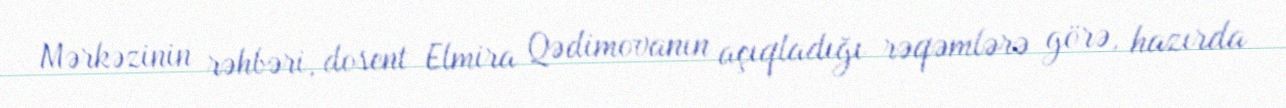
Mərkəzinin rəhbəri, dosent Elmira Qədimovanın açıqladığı rəqəmlərə görə, hazırda